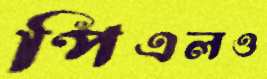
পিএলও